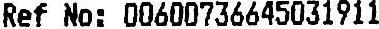
REF NO: 00600736645031911